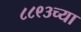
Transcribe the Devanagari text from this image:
८८९३च्या